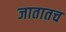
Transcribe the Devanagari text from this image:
जातातच